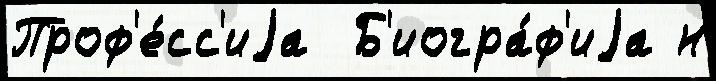
Проф'е́сс'иjа  Б'иогра́ф'иjа н